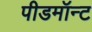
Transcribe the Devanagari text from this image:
पीडमॉन्ट